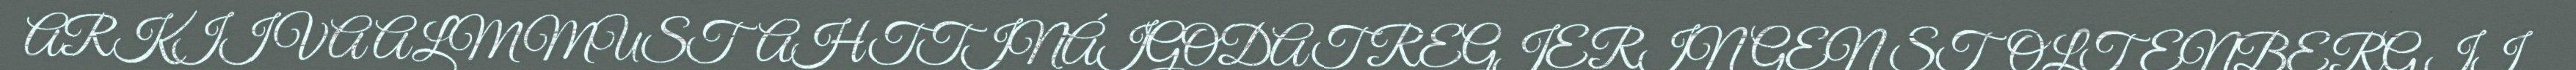
ARKIIVA ALMMUSTAHTTINÁIGODAT REGJERINGEN STOLTENBERG II